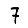
Digit: 7